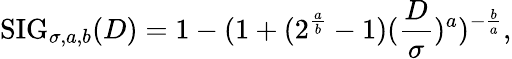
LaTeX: \textrm{SIG}_{\sigma,a,b}(D)=1-(1+(2^{\frac{a}{b}}-1)(\frac{D}{\sigma})^{a})^{-\frac{b}{a}},